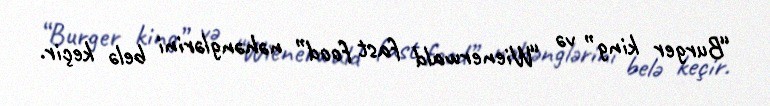
“Burger king” və “Wienerwald fast food” nəhənglərini belə keçir.